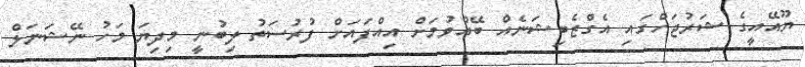
ޔޫއޭއީގެ ޝަރުޖަހްގައި އެގްޒެބިޝަނެއް ބޭއްވުމަށް އިއްފައަށް ފުރުސަތު ލިބުނީ މިދިޔަ މަހު ނޭޝަނަލް